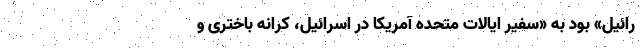
رائیل» بود به «سفیر ایالات متحده آمریکا در اسرائیل، کرانه باختری و